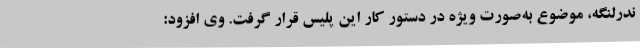
ندرلنگه، موضوع به‌صورت ویژه در دستور کار این پلیس قرار گرفت. وی افزود: